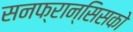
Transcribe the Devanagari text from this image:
सनफ्रान्सिसको